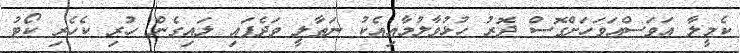
ކެމީލާ އަވަސްއަވަހަށްގޮސް ދޮރު ހުޅުވާލުމާއިއެކު ނަތާލީ ވަދެފައި ލައިގެން ހުރި ކެހެރި ކޯޓު